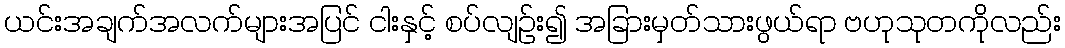
ယင်းအချက်အလက်များအပြင် ငါးနှင့် စပ်လျဉ်း၍ အခြားမှတ်သားဖွယ်ရာ ဗဟုသုတကိုလည်း